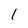
Character: I